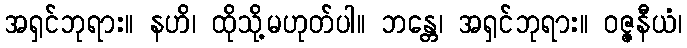
အရှင်ဘုရား။ နဟိ၊ ထိုသို့မဟုတ်ပါ။ ဘန္တေ၊ အရှင်ဘုရား။ ဝဇ္ဇနီယံ၊